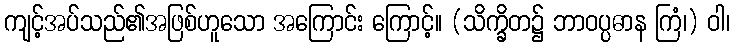
ကျင့်အပ်သည်၏အဖြစ်ဟူသော အကြောင်း ကြောင့်။ (သိက္ခိတ၌ ဘာဝပ္ပဓာန ကြံ၊) ဝါ၊